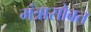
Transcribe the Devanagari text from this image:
मंत्रासोबत